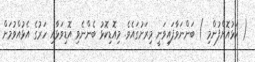
( ކަޅުއޮށްފުންމި ) ބަންނަވާފައިވަނީ މިރަށުގައެވެ. މިއޮޑިކޮޅު ބެންނެވި އޮޑިވަޅާއި ހަރުގެ އެޅުއްވުމަށް